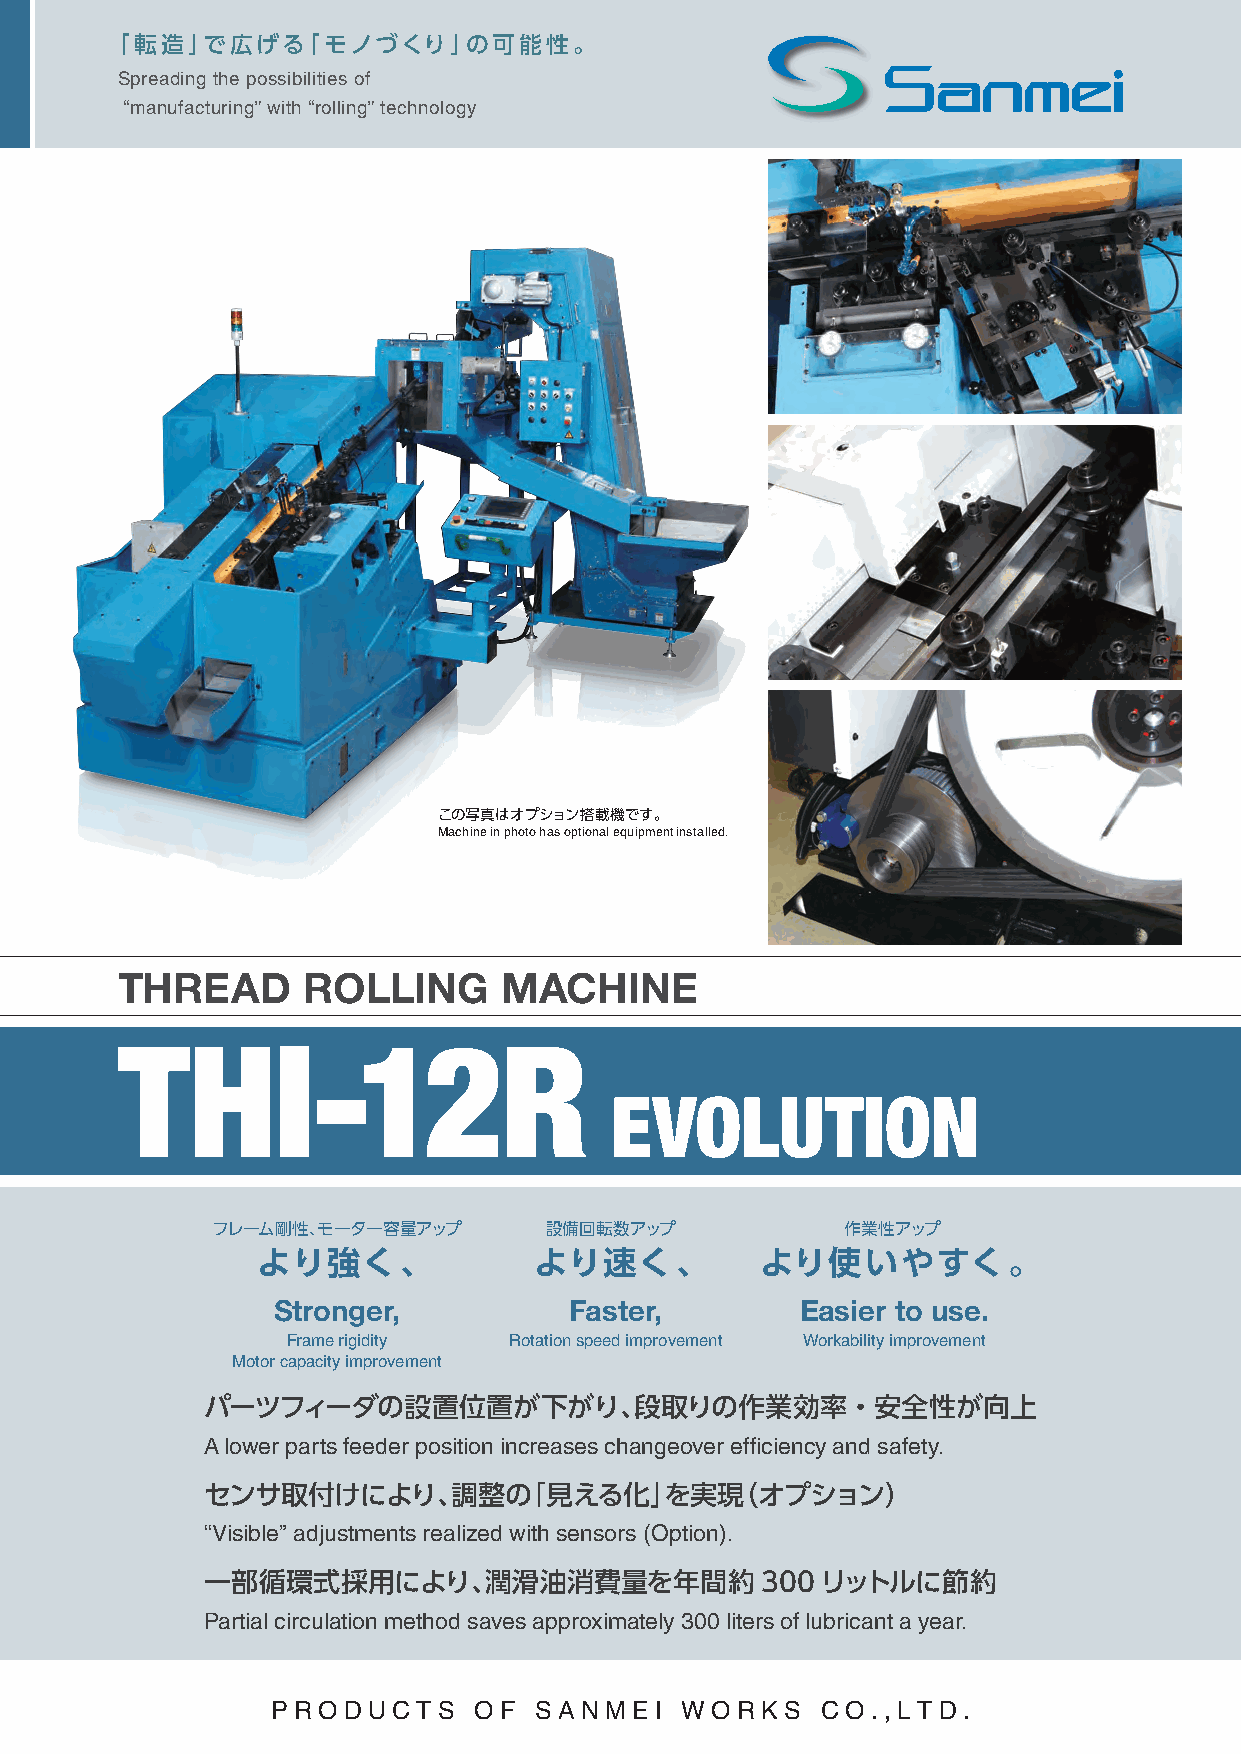
「転造」で広げる「モノづくり」の可能性。
 Spreading the possibilities of
 “manufacturing” with “rolling” technology
 この写真はオプション搭載機です。
 Machine in photo has optional equipment installed.
 THREAD      ROLLING      MACHINE
 THI-12R
 EVOLUTION
 フレーム剛性、モーター容量アップ      設備回転数アップ            作業性アップ
 より強く、             より速く、          より使いやすく。
 Stronger,           Faster,        Easier to use.
 Frame rigidity Rotation speed improvement Workability improvement
 Motor capacity improvement
 パーツフィーダの設置位置が下がり、段取りの作業効率・安全性が向上
 A lower parts feeder position increases changeover efficiency and safety.
 センサ取付けにより、調整の「見える化」を実現（オプション）
 “Visible” adjustments realized with sensors (Option).
 一部循環式採用により、潤滑油消費量を年間約300リットルに節約
 Partial circulation method saves approximately 300 liters of lubricant a year.
 PR OD UC  TS OF  SANMEI    WOR  KS  C O.,LTD  .